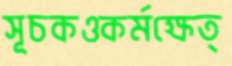
সূচকওকর্মক্ষেত্